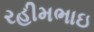
રહીમભાઇ